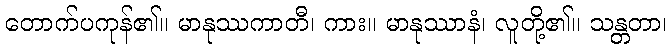
တောက်ပကုန်၏။ မာနုဿကာတီ၊ ကား။ မာနုဿာနံ၊ လူတို့၏။ သန္တတာ၊